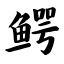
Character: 鳄